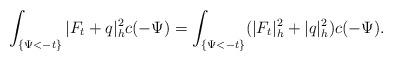
LaTeX: \begin{align*}\int_{\{\Psi<-t\}}|F_t+q|^2_hc(-\Psi)=\int_{\{\Psi<-t\}}(|F_t|^2_h+|q|^2_h)c(-\Psi).\end{align*}